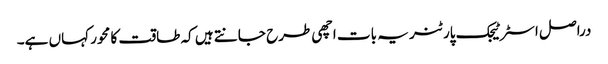
دراصل اسٹرٹیجک پارٹنر یہ بات اچھی طرح جانتے ہیں کہ طاقت کا محور کہاں ہے۔